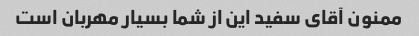
ممنون آقای سفید این از شما بسیار مهربان است